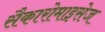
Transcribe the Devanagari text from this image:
सैकारोमाइसेज